65_HS1-834228961_62-HQ-83894_Section_3
Agency: FBI
Page 112
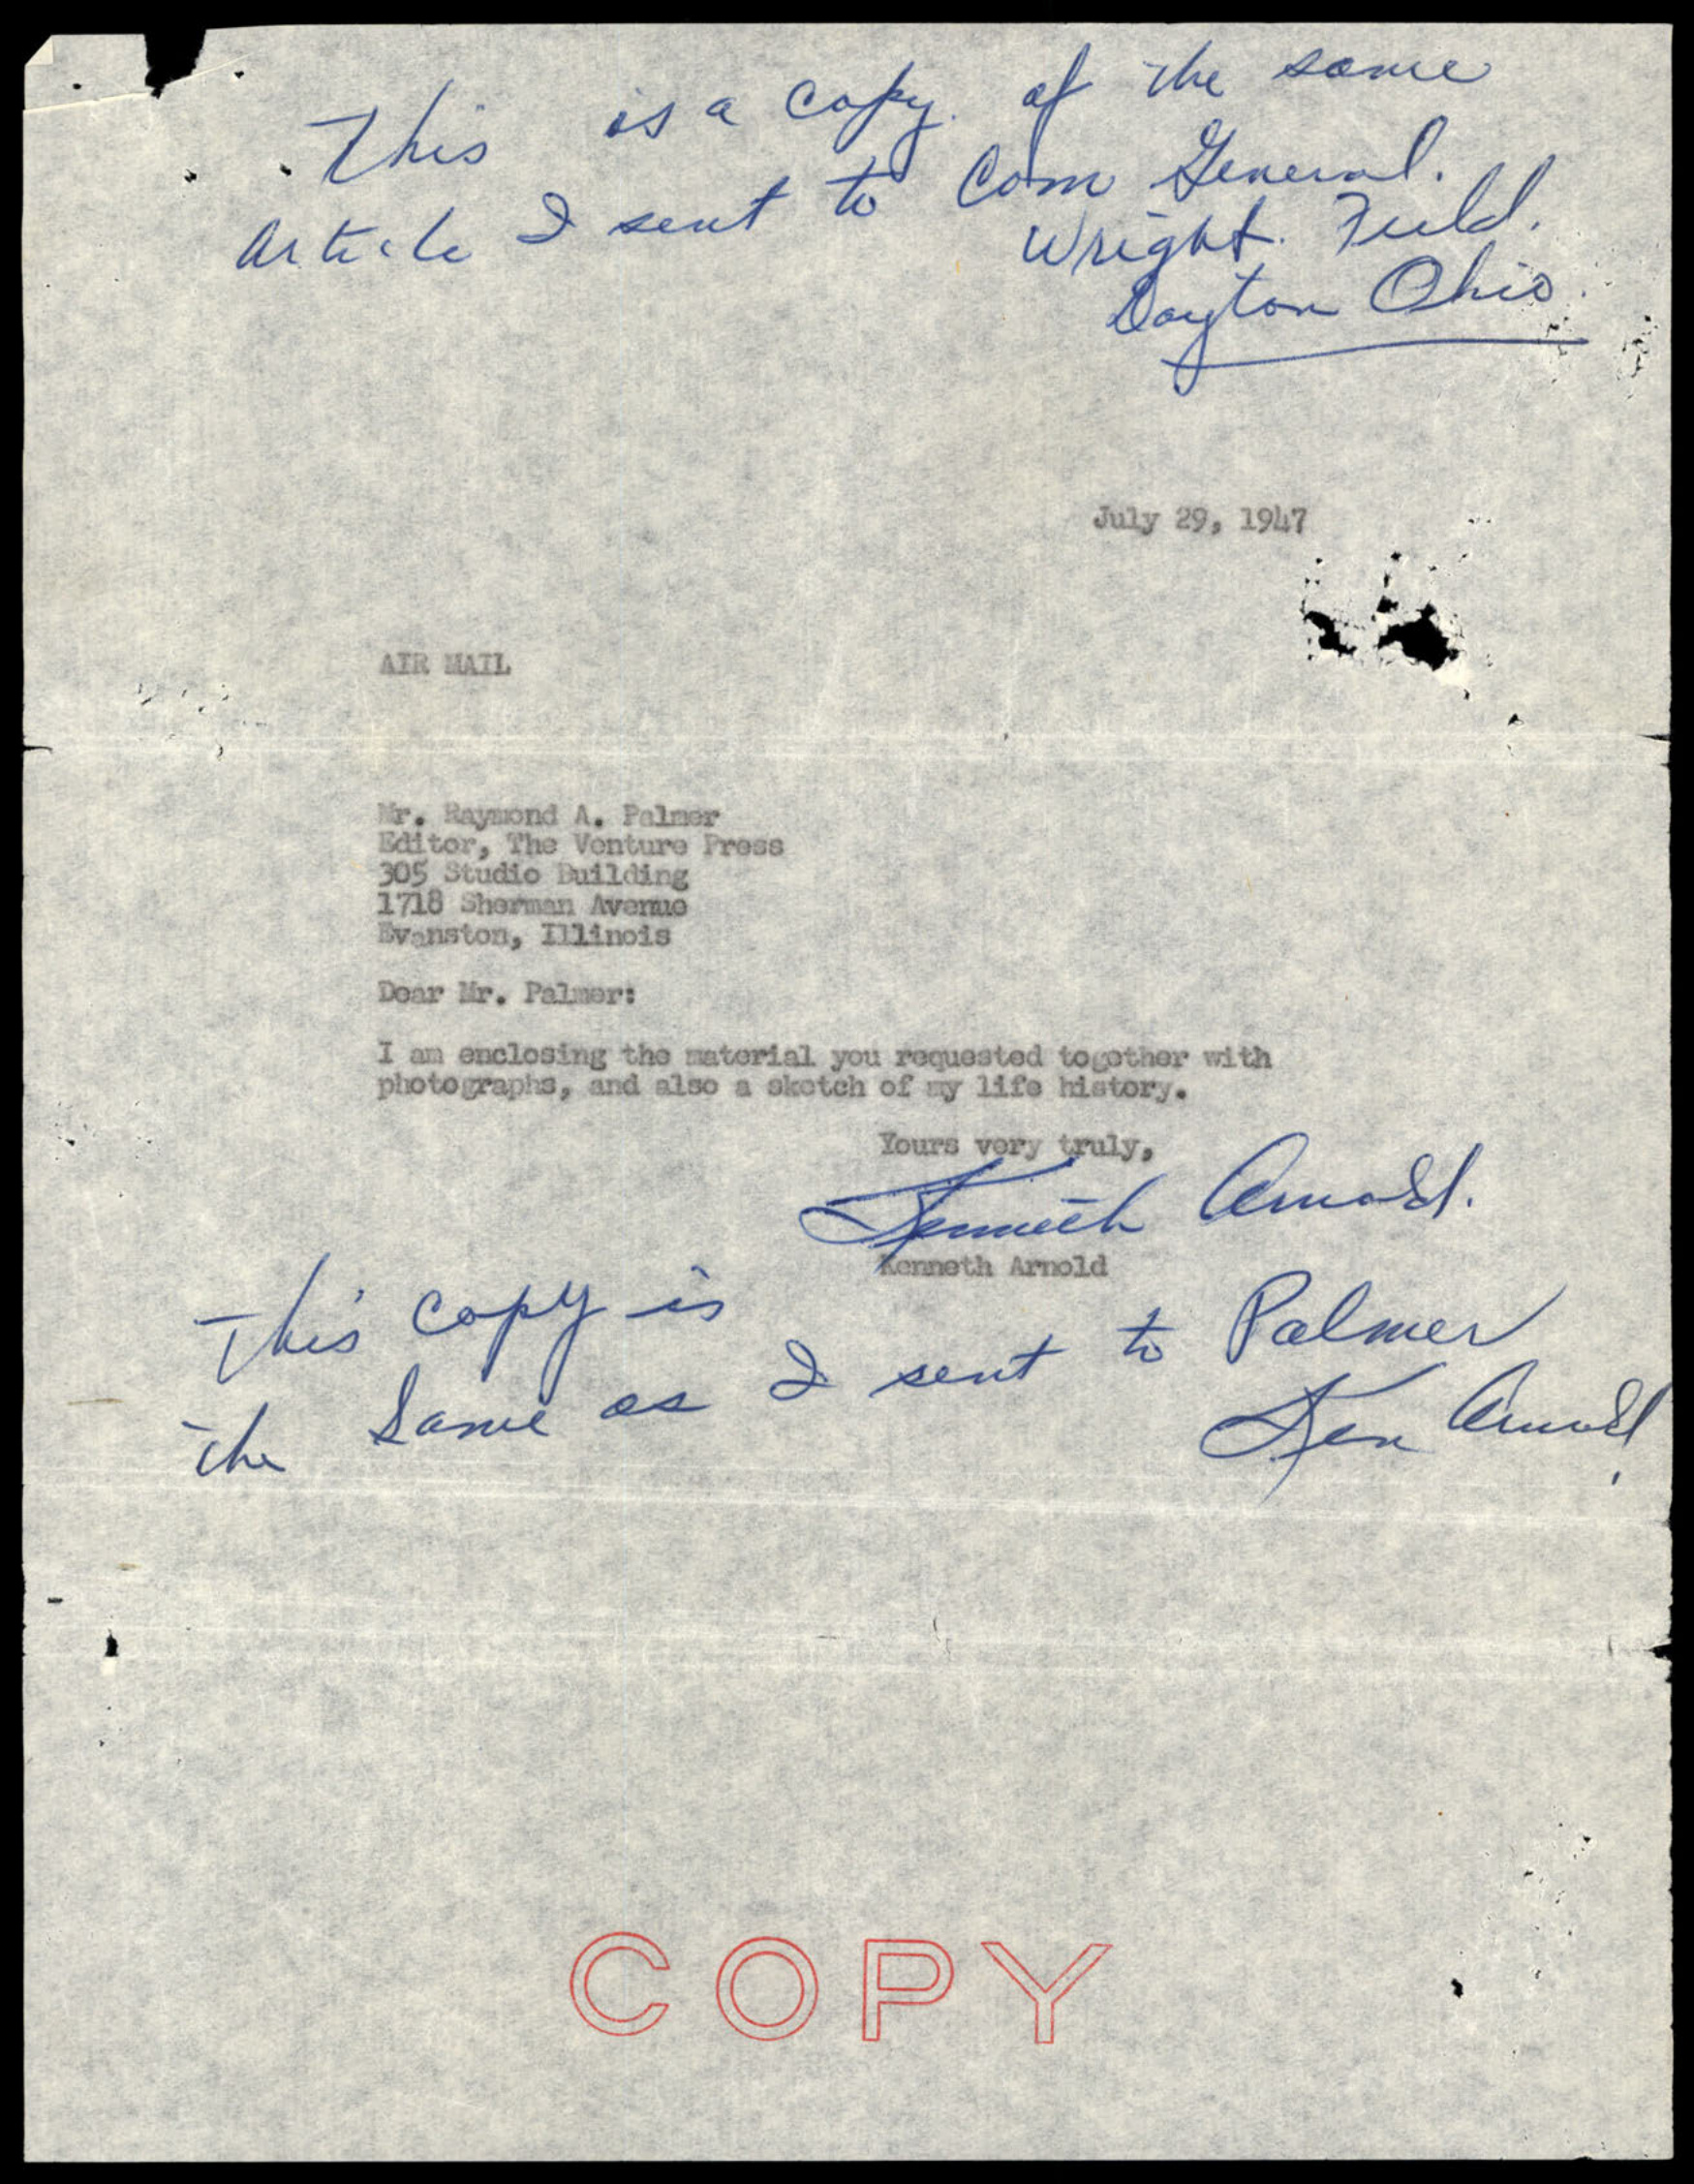